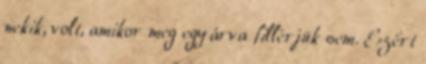
nekik, volt, amikor meg egy árva fillérjük sem. Ezért